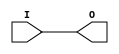
module IBUF_LVDCI_DV2_15 (O, I);

    output O;

    input  I;

	buf B1 (O, I);


endmodule